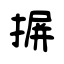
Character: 摒